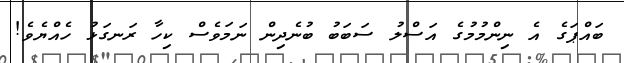
ބައްޕަގެ އެ ނިންމުމުގެ އަސްލު ސަބަބު ބުނެދިން ނަމަވެސް ކިހާ ރަނގަޅު ހެއްޔެވެ!